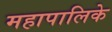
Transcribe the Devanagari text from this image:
महापालिके